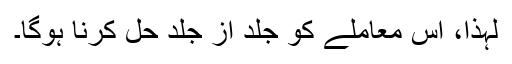
لہٰذا، اس معاملے کو جلد از جلد حل کرنا ہوگا۔